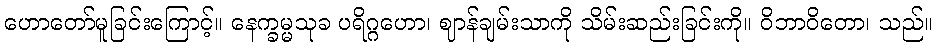
ဟောတော်မူခြင်းကြောင့်။ နေက္ခမ္မသုခ ပရိဂ္ဂဟော၊ ဈာန်ချမ်းသာကို သိမ်းဆည်းခြင်းကို။ ဝိဘာဝိတော၊ သည်။